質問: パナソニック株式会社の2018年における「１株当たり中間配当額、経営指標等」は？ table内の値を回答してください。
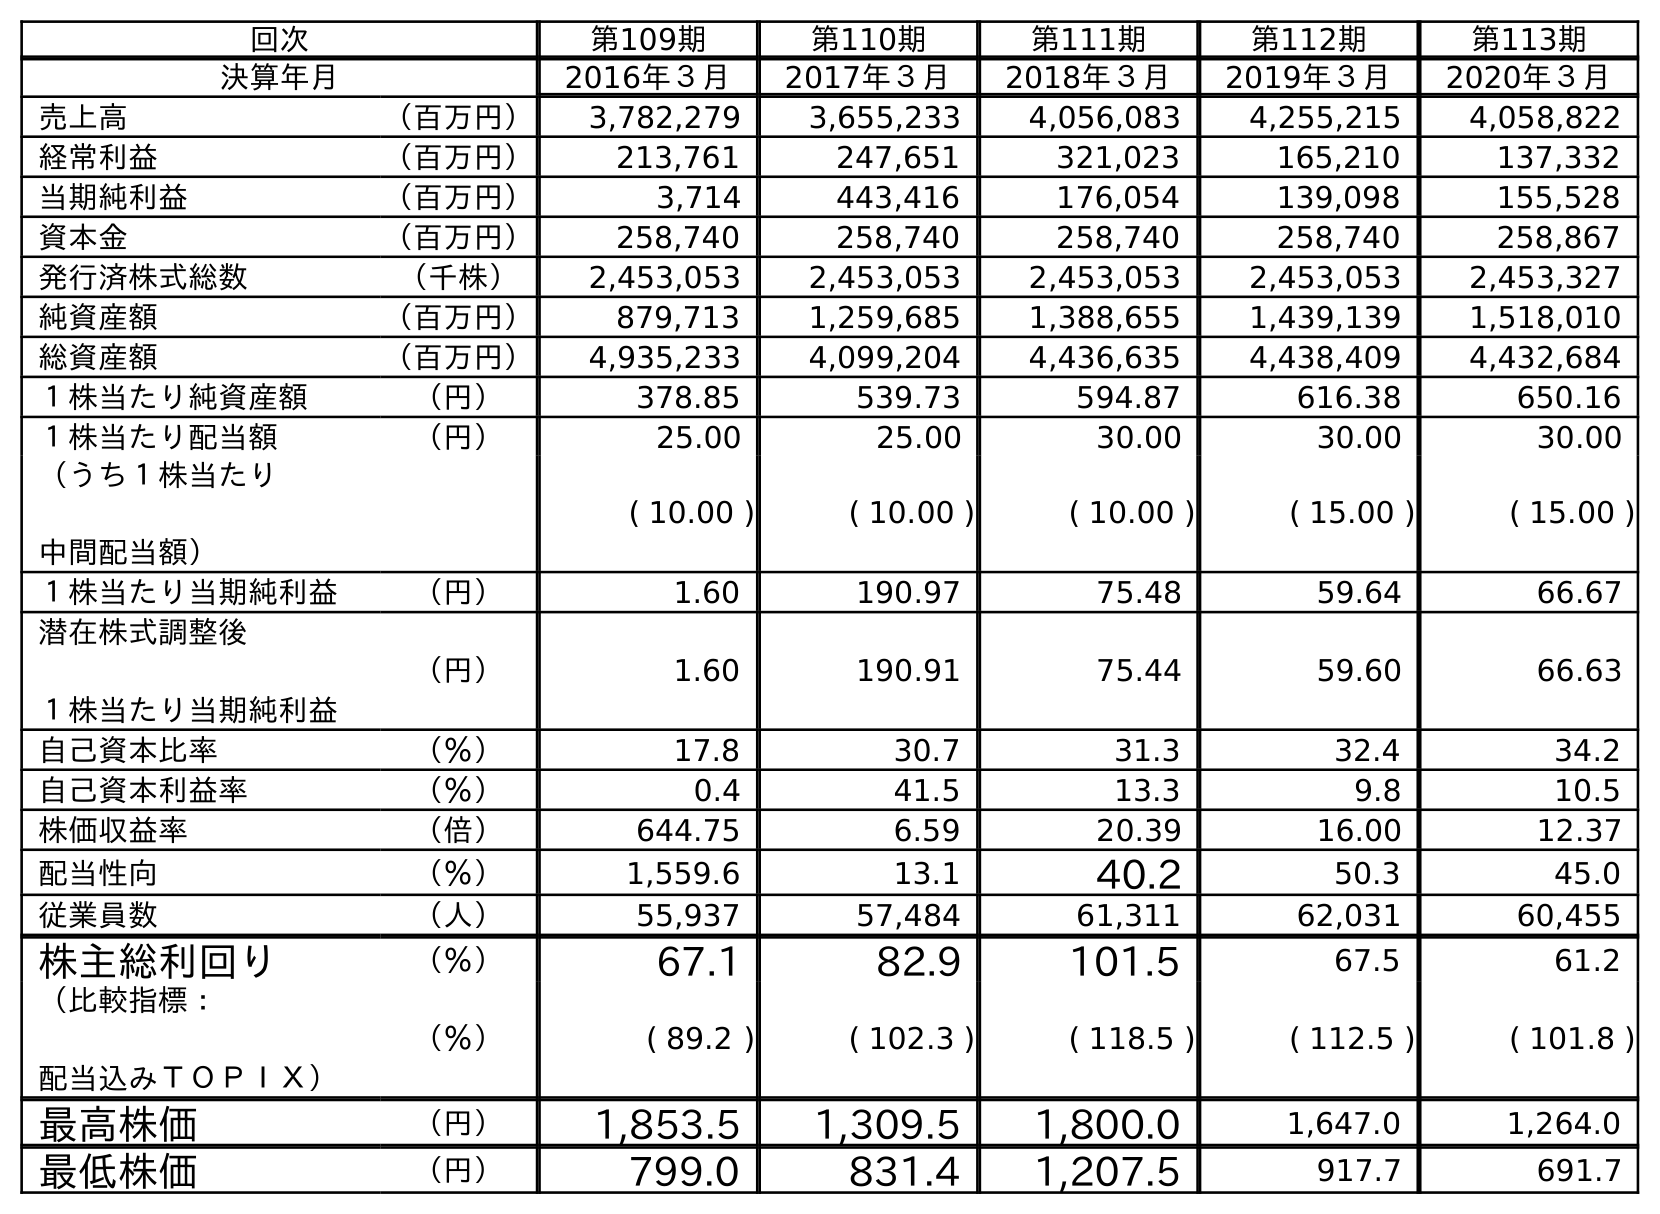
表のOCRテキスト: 回次 第109期 第110期 第111期 第112期 第113期 決算年月 2016年３月 2017年３月 2018年３月 2019年３月 2020年３月 売上高 （百万円） 3,782,279 3,655,233 4,056,083 4,255,215 4,058,822 経常利益 （百万円） 213,761 247,651 321,023 165,210 137,332 当期純利益 （百万円） 3,714 443,416 176,054 139,098 155,528 資本金 （百万円） 258,740 258,740 258,740 258,740 258,867 発行済株式総数 （千株） 2,453,053 2,453,053 2,453,053 2,453,053 2,453,327 純資産額 （百万円） 879,713 1,259,685 1,388,655 1,439,139 1,518,010 総資産額 （百万円） 4,935,233 4,099,204 4,436,635 4,438,409 4,432,684 １株当たり純資産額 （円） 378.85 539.73 594.87 616.38 650.16 １株当たり配当額 （円） 25.00 25.00 30.00 30.00 30.00 （うち１株当たり 中間配当額） ( 10.00 ) ( 10.00 ) ( 10.00 ) ( 15.00 ) ( 15.00 ) １株当たり当期純利益 （円） 1.60 190.97 75.48 59.64 66.67 潜在株式調整後 １株当たり当期純利益 （円） 1.60 190.91 75.44 59.60 66.63 自己資本比率 （％） 17.8 30.7 31.3 32.4 34.2 自己資本利益率 （％） 0.4 41.5 13.3 9.8 10.5 株価収益率 （倍） 644.75 6.59 20.39 16.00 12.37 配当性向 （％） 1,559.6 13.1 40.2 50.3 45.0 従業員数 （人） 55,937 57,484 61,311 62,031 60,455 株主総利回り （％） 67.1 82.9 101.5 67.5 61.2 （比較指標： 配当込みＴＯＰＩＸ） （％） ( 89.2 ) ( 102.3 ) ( 118.5 ) ( 112.5 ) ( 101.8 ) 最高株価 （円） 1,853.5 1,309.5 1,800.0 1,647.0 1,264.0 最低株価 （円） 799.0 831.4 1,207.5 917.7 691.7
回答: (10.00)